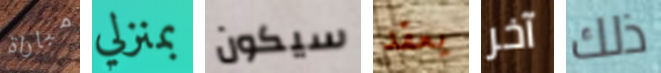
مباراة بمنزلي سيكون يعقد آخر ذلك